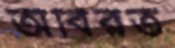
অবিরত